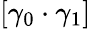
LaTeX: [\gamma_{0}\cdot\gamma_{1}]